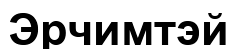
Эрчимтэй